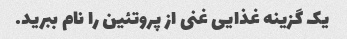
یک گزینه غذایی غنی از پروتئین را نام ببرید.